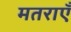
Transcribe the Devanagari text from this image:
मतराएँ